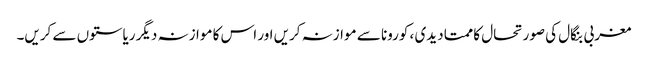
مغربی بنگال کی صورتحال کا ممتا دیدی ، کورونا سے موازنہ کریں اور اس کا موازنہ دیگر ریاستوں سے کریں۔